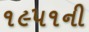
૧૯૫૧ની